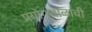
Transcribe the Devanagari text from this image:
प्रयोगशाळांची